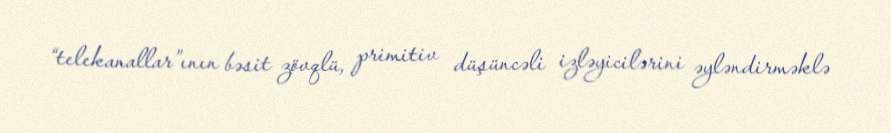
“telekanallar”ının bəsit zövqlü, primitiv düşüncəli izləyicilərini əyləndirməklə